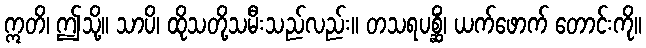
ဣတိ၊ ဤသို့။ သာပိ၊ ထိုသတို့သမီးသည်လည်း။ တသရပစ္ဆိံ၊ ယက်ဖောက် တောင်းကို။